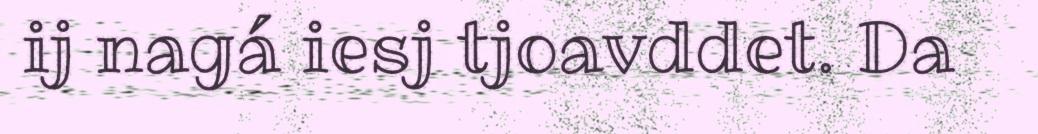
ij nagá iesj tjoavddet. Da